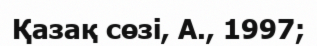
Қазақ сөзі, А., 1997;